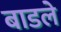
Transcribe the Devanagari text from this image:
बाडले